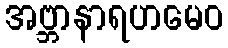
အဗ္ဘာနာရဟမေဝ